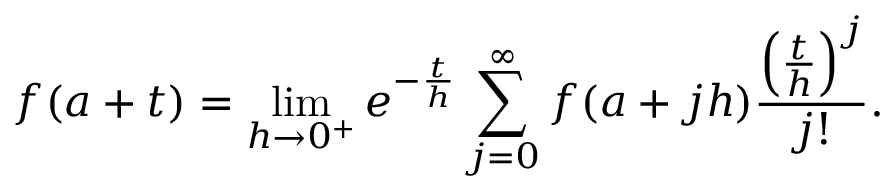
f ( a + t ) = \operatorname* { l i m } _ { h \to 0 ^ { + } } e ^ { - { \frac { t } { h } } } \sum _ { j = 0 } ^ { \infty } f ( a + j h ) { \frac { \left( { \frac { t } { h } } \right) ^ { j } } { j ! } } .